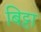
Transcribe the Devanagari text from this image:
बिट्टा